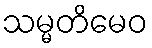
သမ္မတိမေဝ